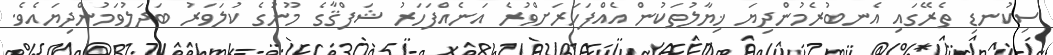
ސިކުނޑި ތެރޭގައި އެނބުރެމުންދިޔަ ޚިޔާލުތަކުން އެއްފަހަރަށްވުރެ އަނެއްފަހަރު ޝަފްޤާގެ މޫނުގެ ކުލަވަރު ބަދަލުވަމުންދިޔައެވެ.